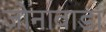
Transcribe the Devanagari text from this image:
जोनावाडा